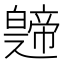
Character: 𤾤